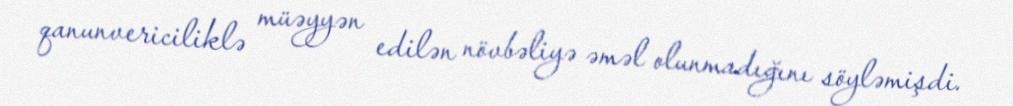
qanunvericiliklə müəyyən edilən növbəliyə əməl olunmadığını söyləmişdi.